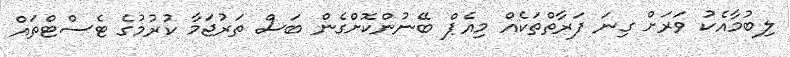
ލިބުމާއެކު ވަރަށް ގިނަ ފަރާތްތަކެއް މިއެޕް ބޭނުންކޮށްގެން ބަސް ތަރުޖަމާ ކުރުމުގެ ޓެސްޓްތައް